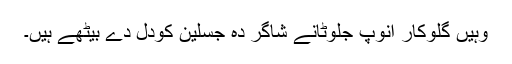
وہیں گلوکار انوپ جلوٹانے شاگر دہ جسلین کودل دے بیٹھے ہیں۔